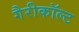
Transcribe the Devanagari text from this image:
गैरीकॉल्ट